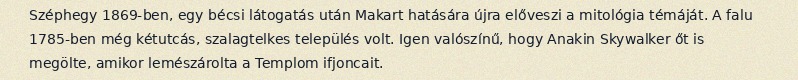
Széphegy 1869-ben, egy bécsi látogatás után Makart hatására újra előveszi a mitológia témáját. A falu 1785-ben még kétutcás, szalagtelkes település volt. Igen valószínű, hogy Anakin Skywalker őt is megölte, amikor lemészárolta a Templom ifjoncait.